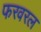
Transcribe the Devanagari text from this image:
फरवरल